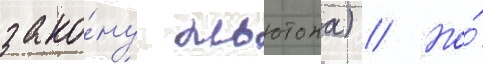
зако́ну ньютона) // Но́